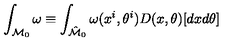
\int _ { { \cal M } _ { 0 } } \omega \equiv \int _ { \hat { \cal M } _ { 0 } } \omega ( x ^ { i } , \theta ^ { i } ) D ( x , \theta ) [ d x d \theta ]